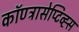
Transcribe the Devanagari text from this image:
कॉण्ट्रासेप्टिव्ह्स